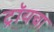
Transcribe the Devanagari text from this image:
ट्रॉयचा